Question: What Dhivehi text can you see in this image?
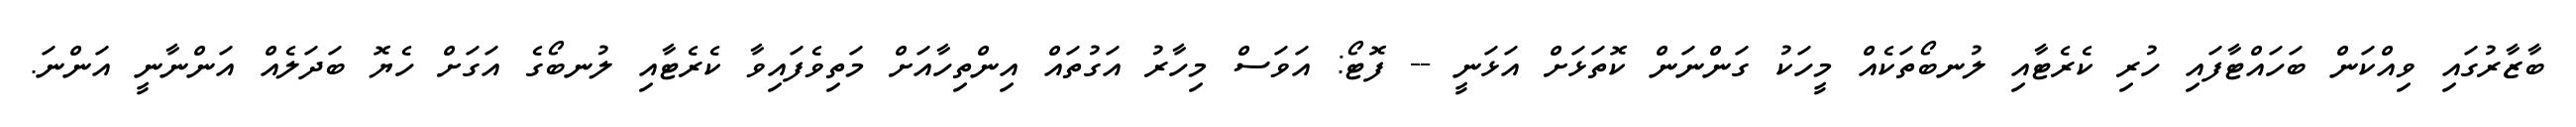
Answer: ބާޒާރުގައި ވިއްކަން ބަހައްޓާފައި ހުރި ކެރެޓާއި ލުނބޯތަކެއް މީހަކު ގަންނަން ކޮތަޅަށް އަޅަނީ -- ފޮޓޯ: އަވަސް މިހާރު އަގުތައް އިންތިހާއަށް މަތިވެފައިވާ ކެރެޓާއި ލުނބޯގެ އަގަށް ހެޔޮ ބަދަލެއް އަންނާނީ އަންނަ.